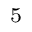
^ { 5 }